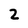
Character: 2